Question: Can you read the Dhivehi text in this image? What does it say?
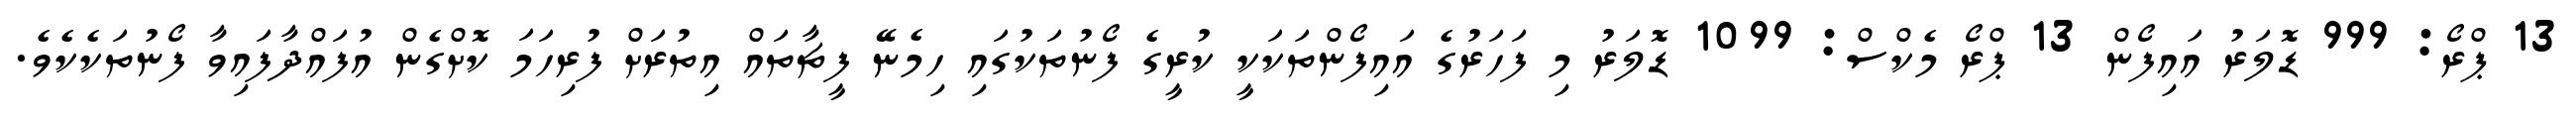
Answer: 13 ޕްރޯ: 999 ޑޮލަރު އައިފޯން 13 ޕްރޯ މެކްސް: 1099 ޑޮލަރު މި ފަހަރުގެ އައިފޯންތަކަކީ ކުރީގެ ފޯނުތަކުގައި ހިމެނޭ ފީޗާތައް އިތުރަށް ފުރިހަމަ ކޮށްގެން އުފައްދާފައިވާ ފޯނުތަކެކެވެ.